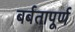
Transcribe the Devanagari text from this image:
बर्बतापूर्ण